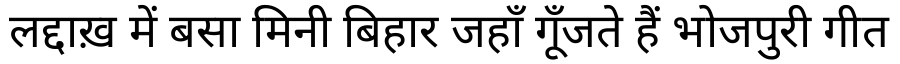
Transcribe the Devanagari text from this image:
लद्दाख़ में बसा मिनी बिहार जहाँ गूँजते हैं भोजपुरी गीत